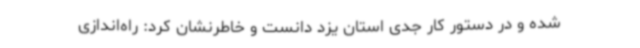
شده و در دستور کار جدی استان یزد دانست و خاطرنشان کرد: راه‌اندازی